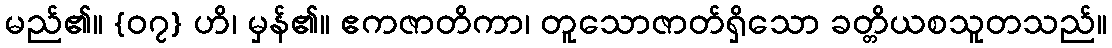
မည်၏။ {၀၇} ဟိ၊ မှန်၏။ ဧကဇာတိကာ၊ တူသောဇာတ်ရှိသော ခတ္တိယစသူတသည်။